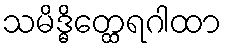
သမိဒ္ဓိတ္ထေရဂါထာ